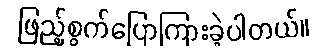
ဖြည့်စွက်ပြောကြားခဲ့ပါတယ်။